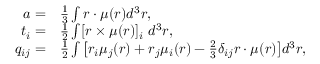
\begin{array} { r l } { a = } & { { } \frac { 1 } { 3 } \int \boldsymbol { r } \cdot \boldsymbol { \mu } ( \boldsymbol { r } ) d ^ { 3 } \boldsymbol { r } , } \\ { t _ { i } = } & { { } \frac { 1 } { 2 } \int [ \boldsymbol { r } \times \boldsymbol { \mu } ( \boldsymbol { r } ) ] _ { i } \thickspace d ^ { 3 } \boldsymbol { r } , } \\ { q _ { i j } = } & { { } \frac { 1 } { 2 } \int \big [ r _ { i } \mu _ { j } ( \boldsymbol { r } ) + r _ { j } \mu _ { i } ( \boldsymbol { r } ) - \frac { 2 } { 3 } \delta _ { i j } \boldsymbol { r } \cdot \boldsymbol { \mu } ( \boldsymbol { r } ) \big ] d ^ { 3 } \boldsymbol { r } , } \end{array}